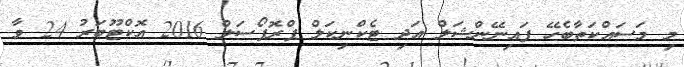
މި މަސައްކަތާބެހޭ ފައިނޭންޝަލް އަދި ޓެކްނިކަލް ޕްރޮޕޯސަލް 2016 އޮކްޓޫބަރު 24 ވާ